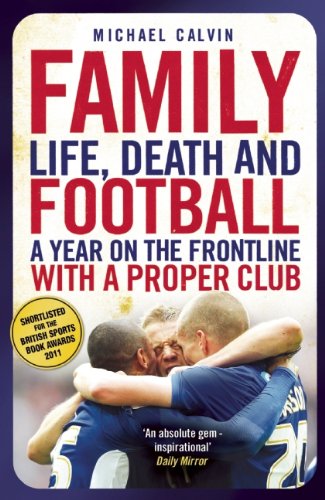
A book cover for Family: Life, Death and Football - A Year on the Frontline with a Proper Club; Michael Calvin; Biographies & Memoirs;